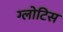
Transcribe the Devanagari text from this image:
ग्लोटिस